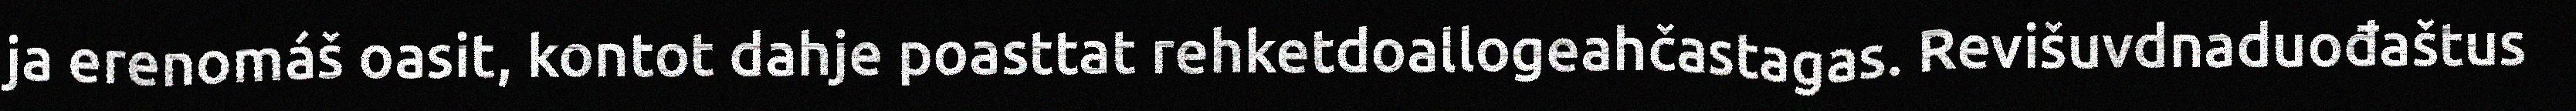
ja erenomáš oasit, kontot dahje poasttat rehketdoallogeahčastagas. Revišuvdnaduođaštus